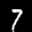
Label: 7